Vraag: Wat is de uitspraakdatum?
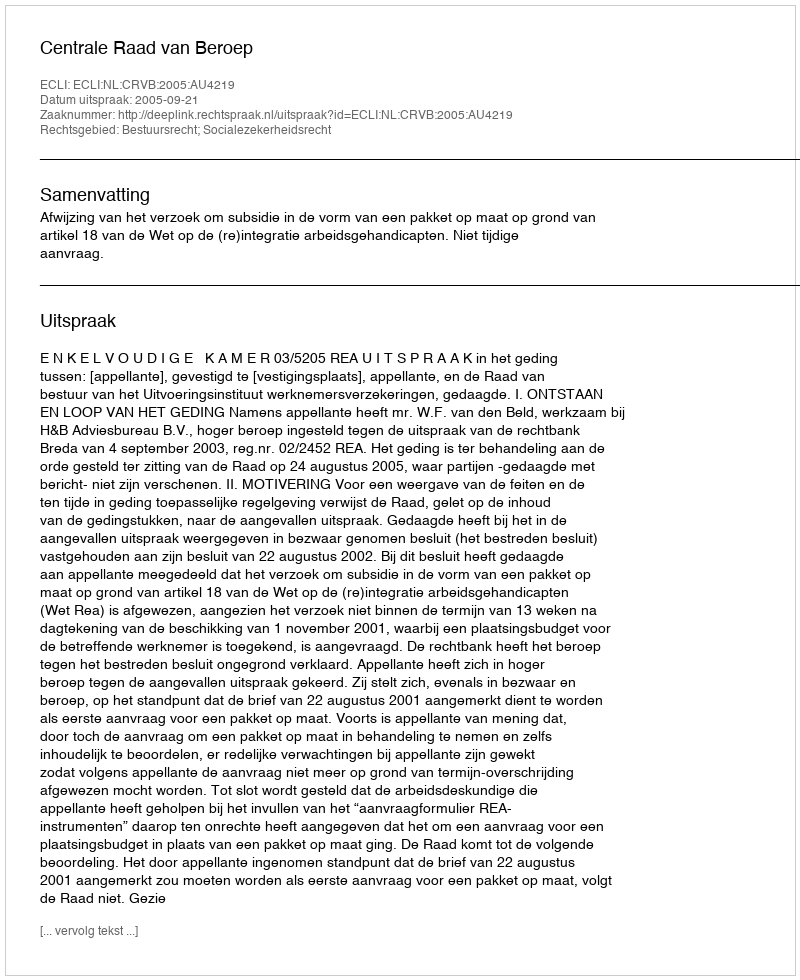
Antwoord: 2005-09-21